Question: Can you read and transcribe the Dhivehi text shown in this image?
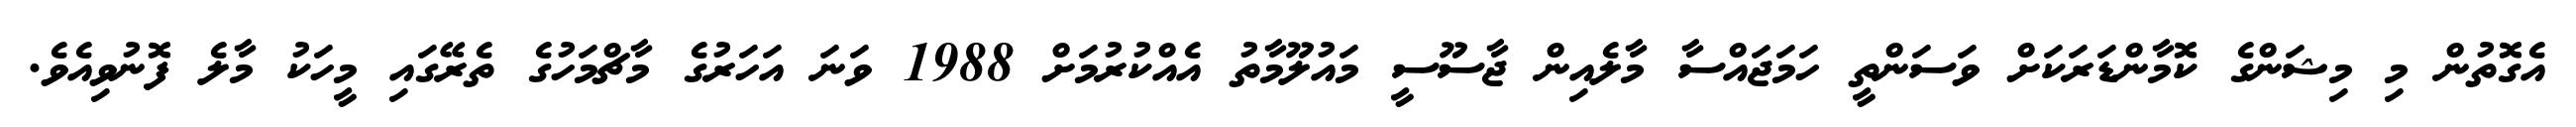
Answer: އެގޮތުން މި މިޝަންގެ ކޮމާންޑަރަކަށް ވަސަންތީ ހަމަޖައްސާ މާލެއިން ޖާސޫސީ މައުލޫމާތު އެއްކުރުމަށް 1988 ވަނަ އަހަރުގެ މާޗްމަހުގެ ތެރޭގައި މީހަކު މާލެ ފޮނުވިއެވެ.